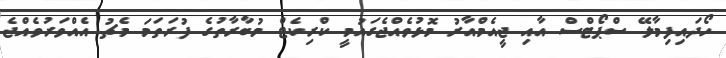
ހޯދައިފިމާލޭ ސްޕޯޓްސް އާއި ޖީއެމްއާރު މޮޅުވެއްޖެގައުމީ ކްރިކެޓް މުބާރާތުގެ ފުރަތަމަ މެޗު އެއްވަރުވެއްޖެ